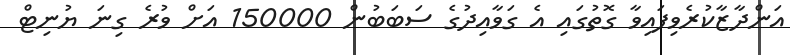
އަންދާޒާކުރެވިފައިވާ ގޮތުގައި އެ ގަވާއިދުގެ ސަބަބުން 150000 އަށް ވުރެ ގިނަ ޔުނިޓް